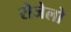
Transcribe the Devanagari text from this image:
रोजेलो